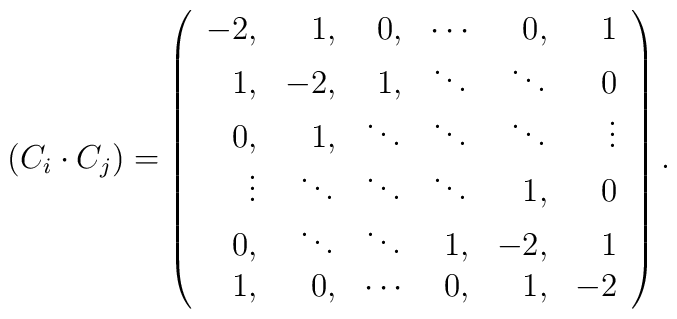
(C_i \cdot C_j) = \left(                   \begin{array}{rrrrrr}                        -2, &     1, &    0,  & \cdots &     0, &      1 \\                         1, &    -2, &    1,  & \ddots & \ddots &      0 \\                         0, &     1, & \ddots & \ddots & \ddots & \vdots \\                     \vdots & \ddots & \ddots & \ddots &     1, &      0 \\                         0, & \ddots & \ddots &     1, &    -2, &      1 \\                         1, &     0, & \cdots &     0, &     1, &     -2                   \end{array}\right).